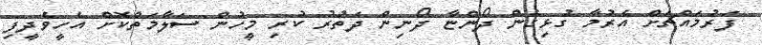
ފަރުމައްޗަށް އެރުމާ ގުޅިގެން ދޯންޏާ ދޯނިން ދަތުރު ކުރި މީހުން ސަލާމަތްކޮށް އެހީވެދީފި